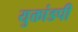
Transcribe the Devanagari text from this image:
युक्तांडपी